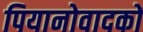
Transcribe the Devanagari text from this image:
पियानोवादकों